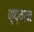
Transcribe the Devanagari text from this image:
भृद्यान